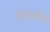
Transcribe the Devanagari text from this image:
असमयीच